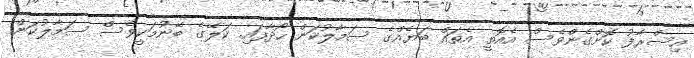
އިސްރާފު ކޮށްގެންވެސް އެއޮތީ އެތައް ބަޔެއްގެ ސަމާލުކަން ހޯދާފައި. ކަލޭގެ ބޭނުމަކީވެސް ސަމާލުކަން